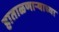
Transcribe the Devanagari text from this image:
हाताळणार्‍याच्या